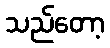
သည်တော့